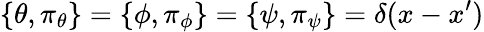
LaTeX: \{ \theta,\pi_{\theta}\} =\{ \phi,\pi_{\phi}\} =\{ \psi,\pi_{\psi}\} =\delta(x-x^{\prime})